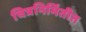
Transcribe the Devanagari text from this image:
चित्रनिर्मितीत